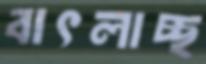
বাৎলাচ্ছ